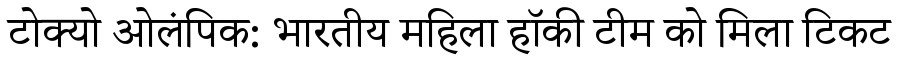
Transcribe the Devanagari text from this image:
टोक्यो ओलंपिक: भारतीय महिला हॉकी टीम को मिला टिकट